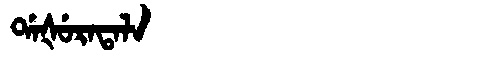
Manchu: ᡩᠠᡧᡠᡵᠠᡨᠠᠯᠠ
Romanization: DAŠURATALA